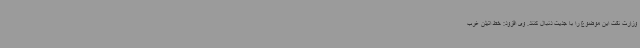
وزارت نفت این موضوع را با جدیت دنبال کنند. وی افزود: خط اتیلن غرب